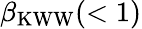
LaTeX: \beta_{\mathrm{KWW}}(<1)